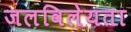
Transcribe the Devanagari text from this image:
जलविलेयता